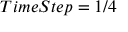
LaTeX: \ T i m e S t e p = 1 / 4